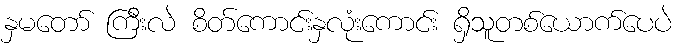
နှမတော် ကြီးလဲ စိတ်ကောင်းနှလုံးကောင်း ရှိသူတစ်ယောက်ပေပဲ